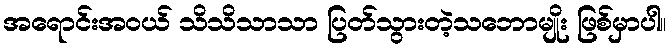
အရောင်းအဝယ် သိသိသာသာ ပြတ်သွားတဲ့သဘောမျိုး ဖြစ်မှာပါ။